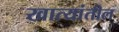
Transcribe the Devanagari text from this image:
खात्यांतील